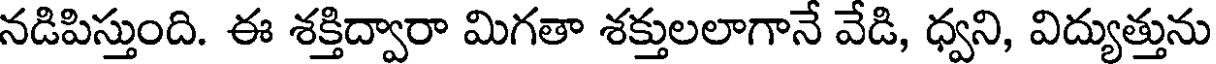
నడిపిస్తుంది. ఈ శక్తిద్వారా మిగతా శక్తులలాగానే వేడి, ధ్వని, విద్యుత్తును